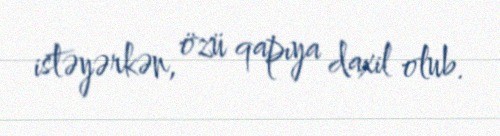
istəyərkən, özü qapıya daxil olub.